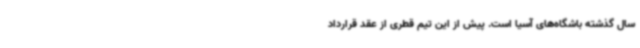
سال گذشته باشگاه‌های آسیا است. پیش از این تیم قطری از عقد قرارداد